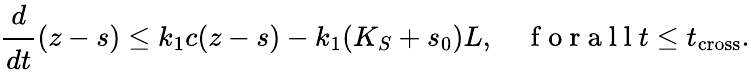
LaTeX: \cfrac{d}{dt}(z-s)\leq k_{1}c(z-s)-k_{1}(K_{S}+s_{0})L,\quad\mathrm{~f~o~r~a~l~l~}t\leq t_{\mathrm{cross}}.